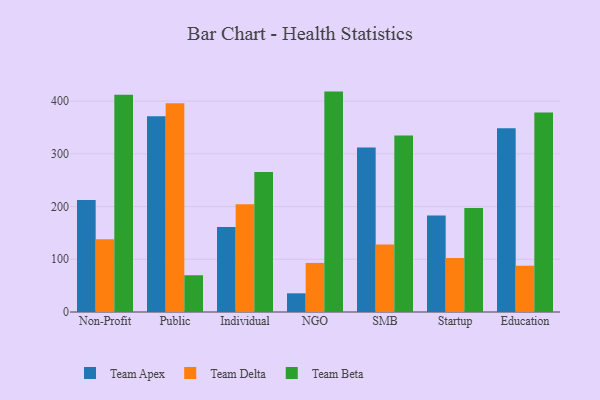
{"axis": {"x": "Segment", "y": "Budget (USD K)"}, "legend": ["Team Apex", "Team Beta", "Team Delta"], "data": [{"x": "Non-Profit", "y": 212.6, "type": "Team Apex"}, {"x": "Non-Profit", "y": 138.1, "type": "Team Delta"}, {"x": "Non-Profit", "y": 412.1, "type": "Team Beta"}, {"x": "Public", "y": 371.1, "type": "Team Apex"}, {"x": "Public", "y": 395.8, "type": "Team Delta"}, {"x": "Public", "y": 69.7, "type": "Team Beta"}, {"x": "Individual", "y": 161.2, "type": "Team Apex"}, {"x": "Individual", "y": 204.2, "type": "Team Delta"}, {"x": "Individual", "y": 265.7, "type": "Team Beta"}, {"x": "NGO", "y": 35.4, "type": "Team Apex"}, {"x": "NGO", "y": 93.1, "type": "Team Delta"}, {"x": "NGO", "y": 418.0, "type": "Team Beta"}, {"x": "SMB", "y": 312.2, "type": "Team Apex"}, {"x": "SMB", "y": 127.8, "type": "Team Delta"}, {"x": "SMB", "y": 334.9, "type": "Team Beta"}, {"x": "Startup", "y": 182.8, "type": "Team Apex"}, {"x": "Startup", "y": 102.5, "type": "Team Delta"}, {"x": "Startup", "y": 197.3, "type": "Team Beta"}, {"x": "Education", "y": 348.7, "type": "Team Apex"}, {"x": "Education", "y": 87.8, "type": "Team Delta"}, {"x": "Education", "y": 378.2, "type": "Team Beta"}]}